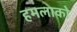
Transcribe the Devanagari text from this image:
हमलाको